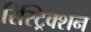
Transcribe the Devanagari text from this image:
रिस्ट्रिक्शन